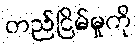
တည်ငြိမ်မှုကို